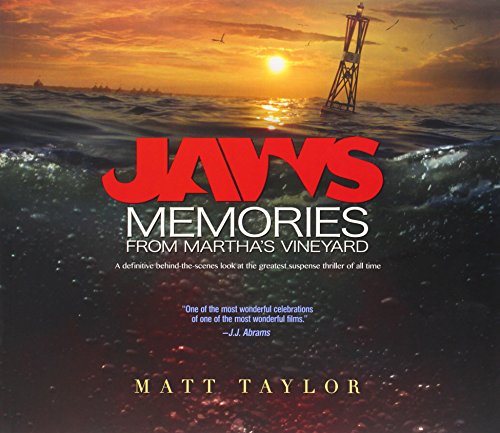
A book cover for Jaws: Memories from Martha's Vineyard; Matt Taylor; Humor & Entertainment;